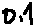
Text: 0.1µF